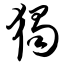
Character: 独